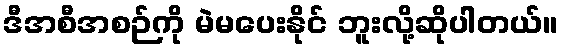
ဒီအစီအစဉ်ကို မဲမပေးနိုင် ဘူးလို့ဆိုပါတယ်။